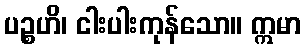
ပဉ္စဟိ၊ ငါးပါးကုန်သော။ ဣမာ